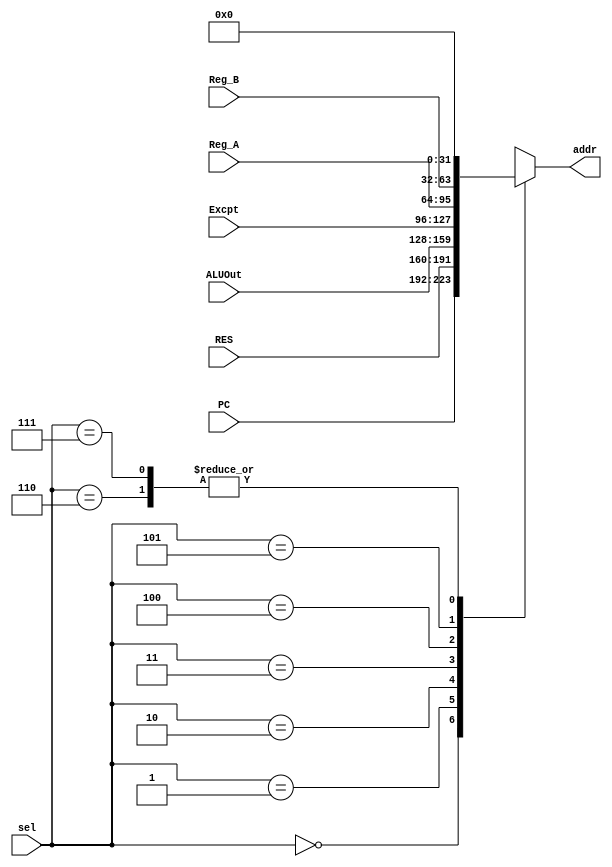
module mux_iord(
  input wire [2:0] sel,
  input wire [31:0] PC,
  input wire [31:0] RES,
  input wire [31:0] ALUOut,
  input wire [31:0] Excpt,
  input wire [31:0] Reg_A,
  input wire [31:0] Reg_B,
  output reg [31:0] addr
);
  
  always@(*) begin
    case (sel)
      3'b000: addr = PC;
      3'b001: addr = RES;
      3'b010: addr = ALUOut;
      3'b011: addr = Excpt;
      3'b100: addr = Reg_A;
      3'b101: addr = Reg_B;
      3'b110: addr = 32'b0;
      3'b111: addr = 32'b0;
    endcase
  end
endmodule